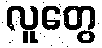
လူတွေ